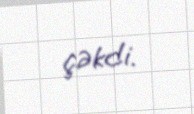
çəkdi.